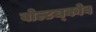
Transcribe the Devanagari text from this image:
वोल्टच्कोव